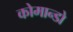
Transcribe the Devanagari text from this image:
कोमान्डो